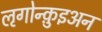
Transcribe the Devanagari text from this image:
ऌगोन्क़ुइअन